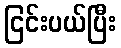
ငြင်းပယ်ပြီး